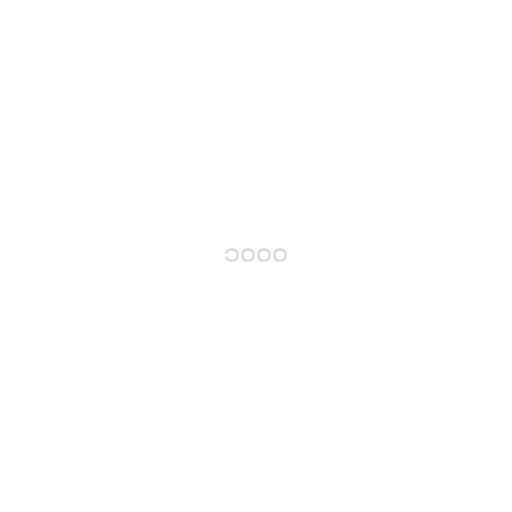
၁၀၀၀